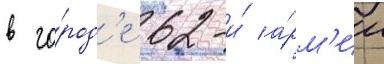
в го́род'е 62-и́ а́рм'ии